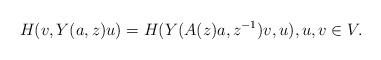
LaTeX: \begin{align*}H(v,Y(a,z)u)=H(Y(A(z)a,z^{-1})v,u),u,v\in V.\end{align*}